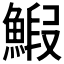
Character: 𫙨